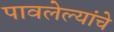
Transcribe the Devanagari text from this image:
पावलेल्यांचे